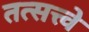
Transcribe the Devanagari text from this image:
तत्सत्त्वे